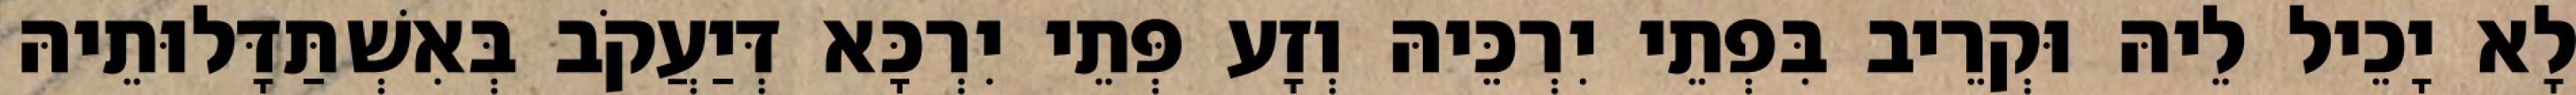
לָא יָכֵיל לֵיהּ וּקְרֵיב בִּפְתֵי יִרְכֵּיהּ וְזָע פְּתֵי יִרְכָּא דְּיַעֲקֹב בְּאִשְׁתַּדָּלוּתֵיהּ